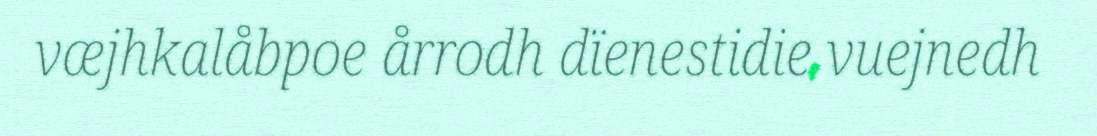
væjhkalåbpoe årrodh dïenestidie vuejnedh